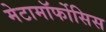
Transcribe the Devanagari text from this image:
मेटामॉर्फोसिस